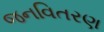
જનવિતરણ